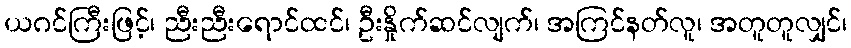
ယဂင်ကြီးဖြင့်၊ ညီးညီးရောင်ထင်၊ ဦးနှိုက်ဆင်လျက်၊ အကြင်နတ်လူ၊ အတူတူလျှင်၊